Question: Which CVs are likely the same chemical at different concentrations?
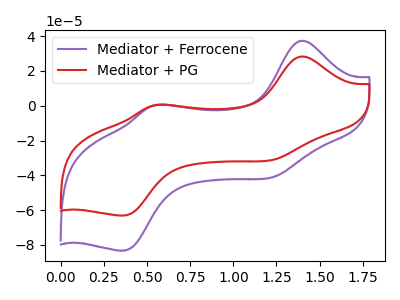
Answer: <think>The purple curve "Mediator + Ferrocene" has anodic peaks at (1.40V, 37.40uA) (0.55V, 0.70uA) and cathodic peaks at (1.25V, -40.50uA) (0.35V, -83.20uA). The red curve "Mediator + PG" has anodic peaks at (1.40V, 28.35uA) (0.55V, 0.50uA) and cathodic peaks at (1.25V, -30.70uA) (0.35V, -63.05uA).
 All the peaks in "Mediator + Ferrocene" have a peak in "Mediator + PG" at the same potential. Every peak in "Mediator + Ferrocene" is higher than every peak in "Mediator + PG".</think>
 <answer>"Mediator + Ferrocene" and "Mediator + PG" have the same shape and are likely CV's of the same chemical.</answer>
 <eval>"Mediator + Ferrocene" "Mediator + PG"</eval>